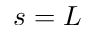
s = L